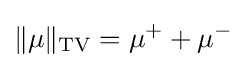
\|\mu \|_{\text{TV}}=\mu ^{+}+\mu ^{-}